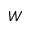
W